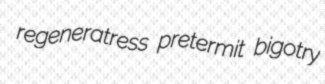
regeneratress pretermit bigotry